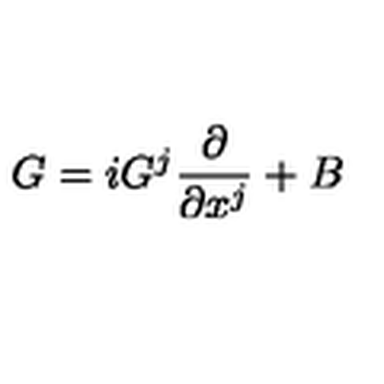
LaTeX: G = i G ^ { j } \frac { \partial } { \partial x ^ { j } } + B